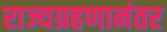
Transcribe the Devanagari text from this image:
राज्यग्रहणानंतर